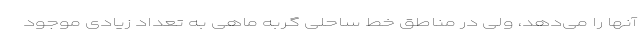
آنها را می‌دهد، ولی در مناطق خط ساحلی گربه ماهی به تعداد زیادی موجود